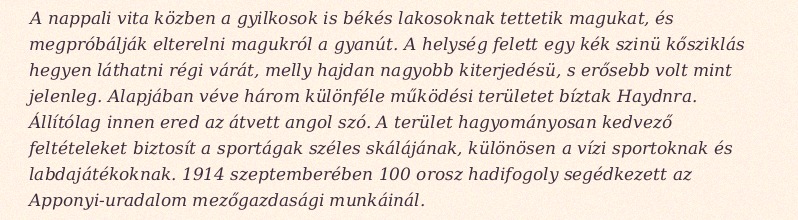
A nappali vita közben a gyilkosok is békés lakosoknak tettetik magukat, és megpróbálják elterelni magukról a gyanút. A helység felett egy kék szinü kősziklás hegyen láthatni régi várát, melly hajdan nagyobb kiterjedésü, s erősebb volt mint jelenleg. Alapjában véve három különféle működési területet bíztak Haydnra. Állítólag innen ered az átvett angol szó. A terület hagyományosan kedvező feltételeket biztosít a sportágak széles skálájának, különösen a vízi sportoknak és labdajátékoknak. 1914 szeptemberében 100 orosz hadifogoly segédkezett az Apponyi-uradalom mezőgazdasági munkáinál.